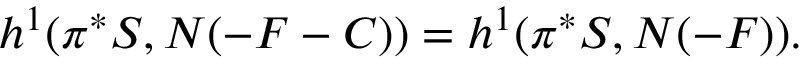
h ^ { 1 } ( \pi ^ { * } { \cal S } , N ( - F - C ) ) = h ^ { 1 } ( \pi ^ { * } { \cal S } , N ( - F ) ) .